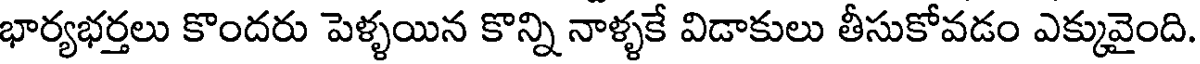
భార్యభర్తలు కొందరు పెళ్ళయిన కొన్ని నాళ్ళకే విడాకులు తీసుకోవడం ఎక్కువైంది.